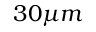
3 0 \mu m